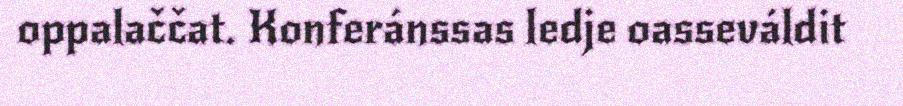
oppalaččat. Konferánssas ledje oasseváldit